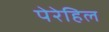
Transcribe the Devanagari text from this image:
पेरेहिल